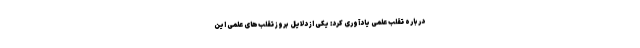
درباره تقلب علمی یادآوری کرد: یکی از دلایل بروز تقلب‌های علمی این